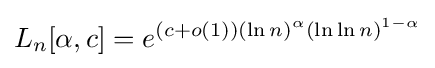
L_{n}[\alpha ,c]=e^{(c+o(1))(\ln n)^{\alpha }(\ln \ln n)^{1-\alpha }}